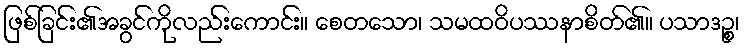
ဖြစ်ခြင်း၏အခွင်ကိုလည်းကောင်း။ စေတသော၊ သမထဝိပဿနာစိတ်၏။ ပသာဒဉ္စ၊